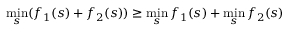
\operatorname* { m i n } _ { s } ( f _ { 1 } ( s ) + f _ { 2 } ( s ) ) \ge \operatorname* { m i n } _ { s } f _ { 1 } ( s ) + \operatorname* { m i n } _ { s } f _ { 2 } ( s )